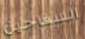
السفاحين